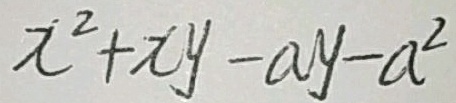
x ^ { 2 } + x y - a y - a ^ { 2 }